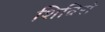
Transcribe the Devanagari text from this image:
शिविरो